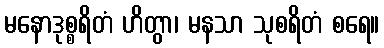
မနောဒုစ္စရိတံ ဟိတွာ၊ မနသာ သုစရိတံ စရေ။